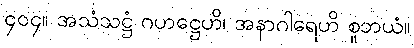
၄၀၄။ အသံသဋ္ဌံ ဂဟဋ္ဌေဟိ၊ အနာဂါရေဟိ စူဘယံ။